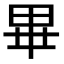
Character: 𭺾